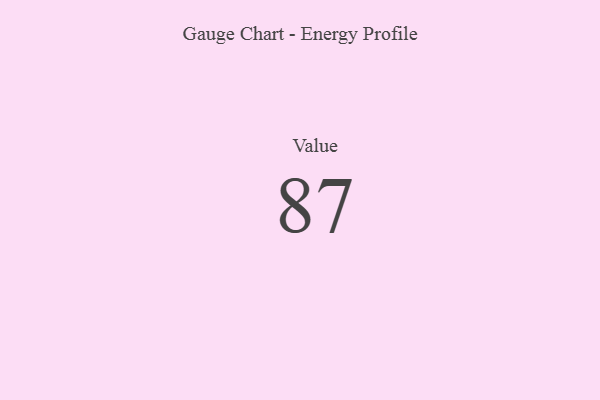
{"axis": {"x": "Metric", "y": "Value"}, "legend": [""], "data": [{"x": "Value", "y": 87, "type": ""}]}